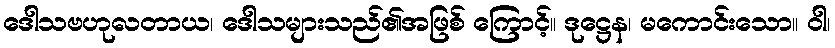
ဒေါသဗဟုလတာယ၊ ဒေါသများသည်၏အဖြစ် ကြောင့်။ ဒုဋ္ဌေန၊ မကောင်းသော။ ဝါ၊